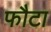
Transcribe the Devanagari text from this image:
फौटा